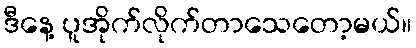
ဒီနေ့ ပူအိုက်လိုက်တာသေတော့မယ်။